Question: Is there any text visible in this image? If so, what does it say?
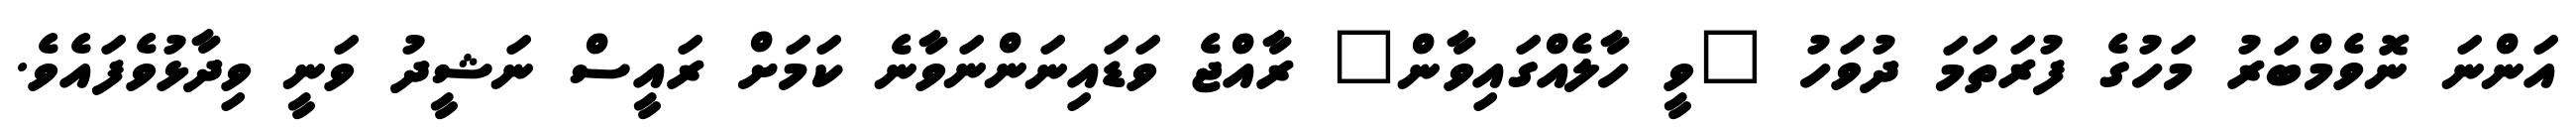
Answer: އަންނަ ނޮވެމްބަރު މަހުގެ ފުރަތަމަ ދުވަހު "ވީ ހާލެއްގައިވާން" ރާއްޖެ ވަޑައިނަންނަވާނެ ކަމަށް ރައީސް ނަޝީދު ވަނީ ވިދާޅުވެފައެވެ.